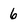
Character: 6